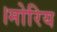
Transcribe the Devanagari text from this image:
।मोरिय